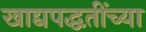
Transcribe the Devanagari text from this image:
खाद्यपद्धतींच्या